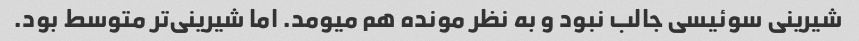
شیرینی سوئیسی جالب نبود و به نظر مونده هم میومد. اما شیرینی‌تر متوسط بود.